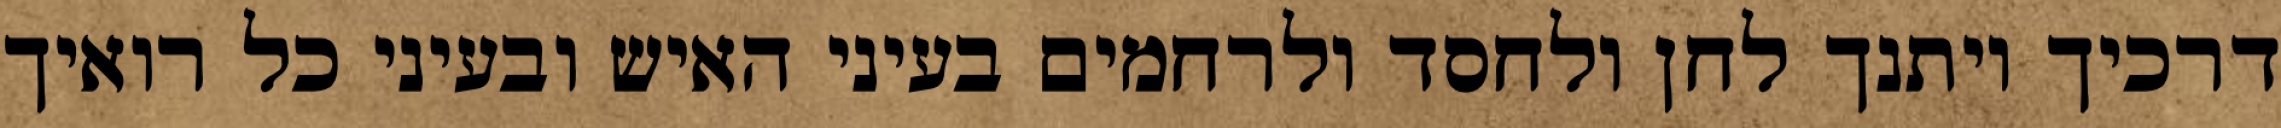
דרכיך ויתנך לחן ולחסד ולרחמים בעיני האיש ובעיני כל רואיך